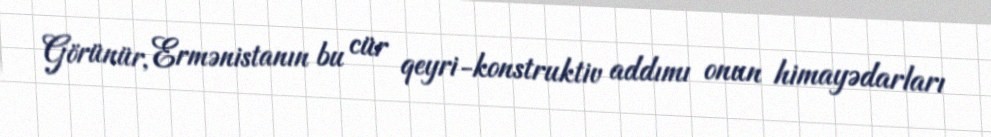
Görünür, Ermənistanın bu cür qeyri-konstruktiv addımı onun himayədarları